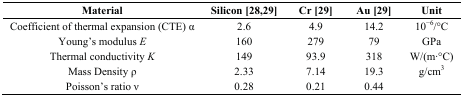
| Material | Silicon [28,29] | Cr [29] | Au [29] | Unit |
 | --- | --- | --- | --- | --- |
 | Coefficient of thermal expansion (CTE) α | 2.6 | 4.9 | 14.2 | 10−6/°C |
 | Young’s modulus E | 160 | 279 | 79 | GPa |
 | Thermal conductivity K | 149 | 93.9 | 318 | W/(m∙°C) |
 | Mass Density ρ | 2.33 | 7.14 | 19.3 | g/cm3 |
 | Poisson’s ratio ν | 0.28 | 0.21 | 0.44 |  |